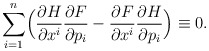
\begin{align*} \sum_{i=1}^n \Bigl(\frac{\partial H}{\partial x^i}\frac{\partial F}{\partial p_i} -\frac{\partial F}{\partial x^i}\frac{\partial H}{\partial p_i}\Bigr)\equiv 0. \end{align*}